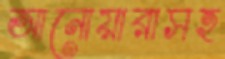
আনোয়ারাসহ